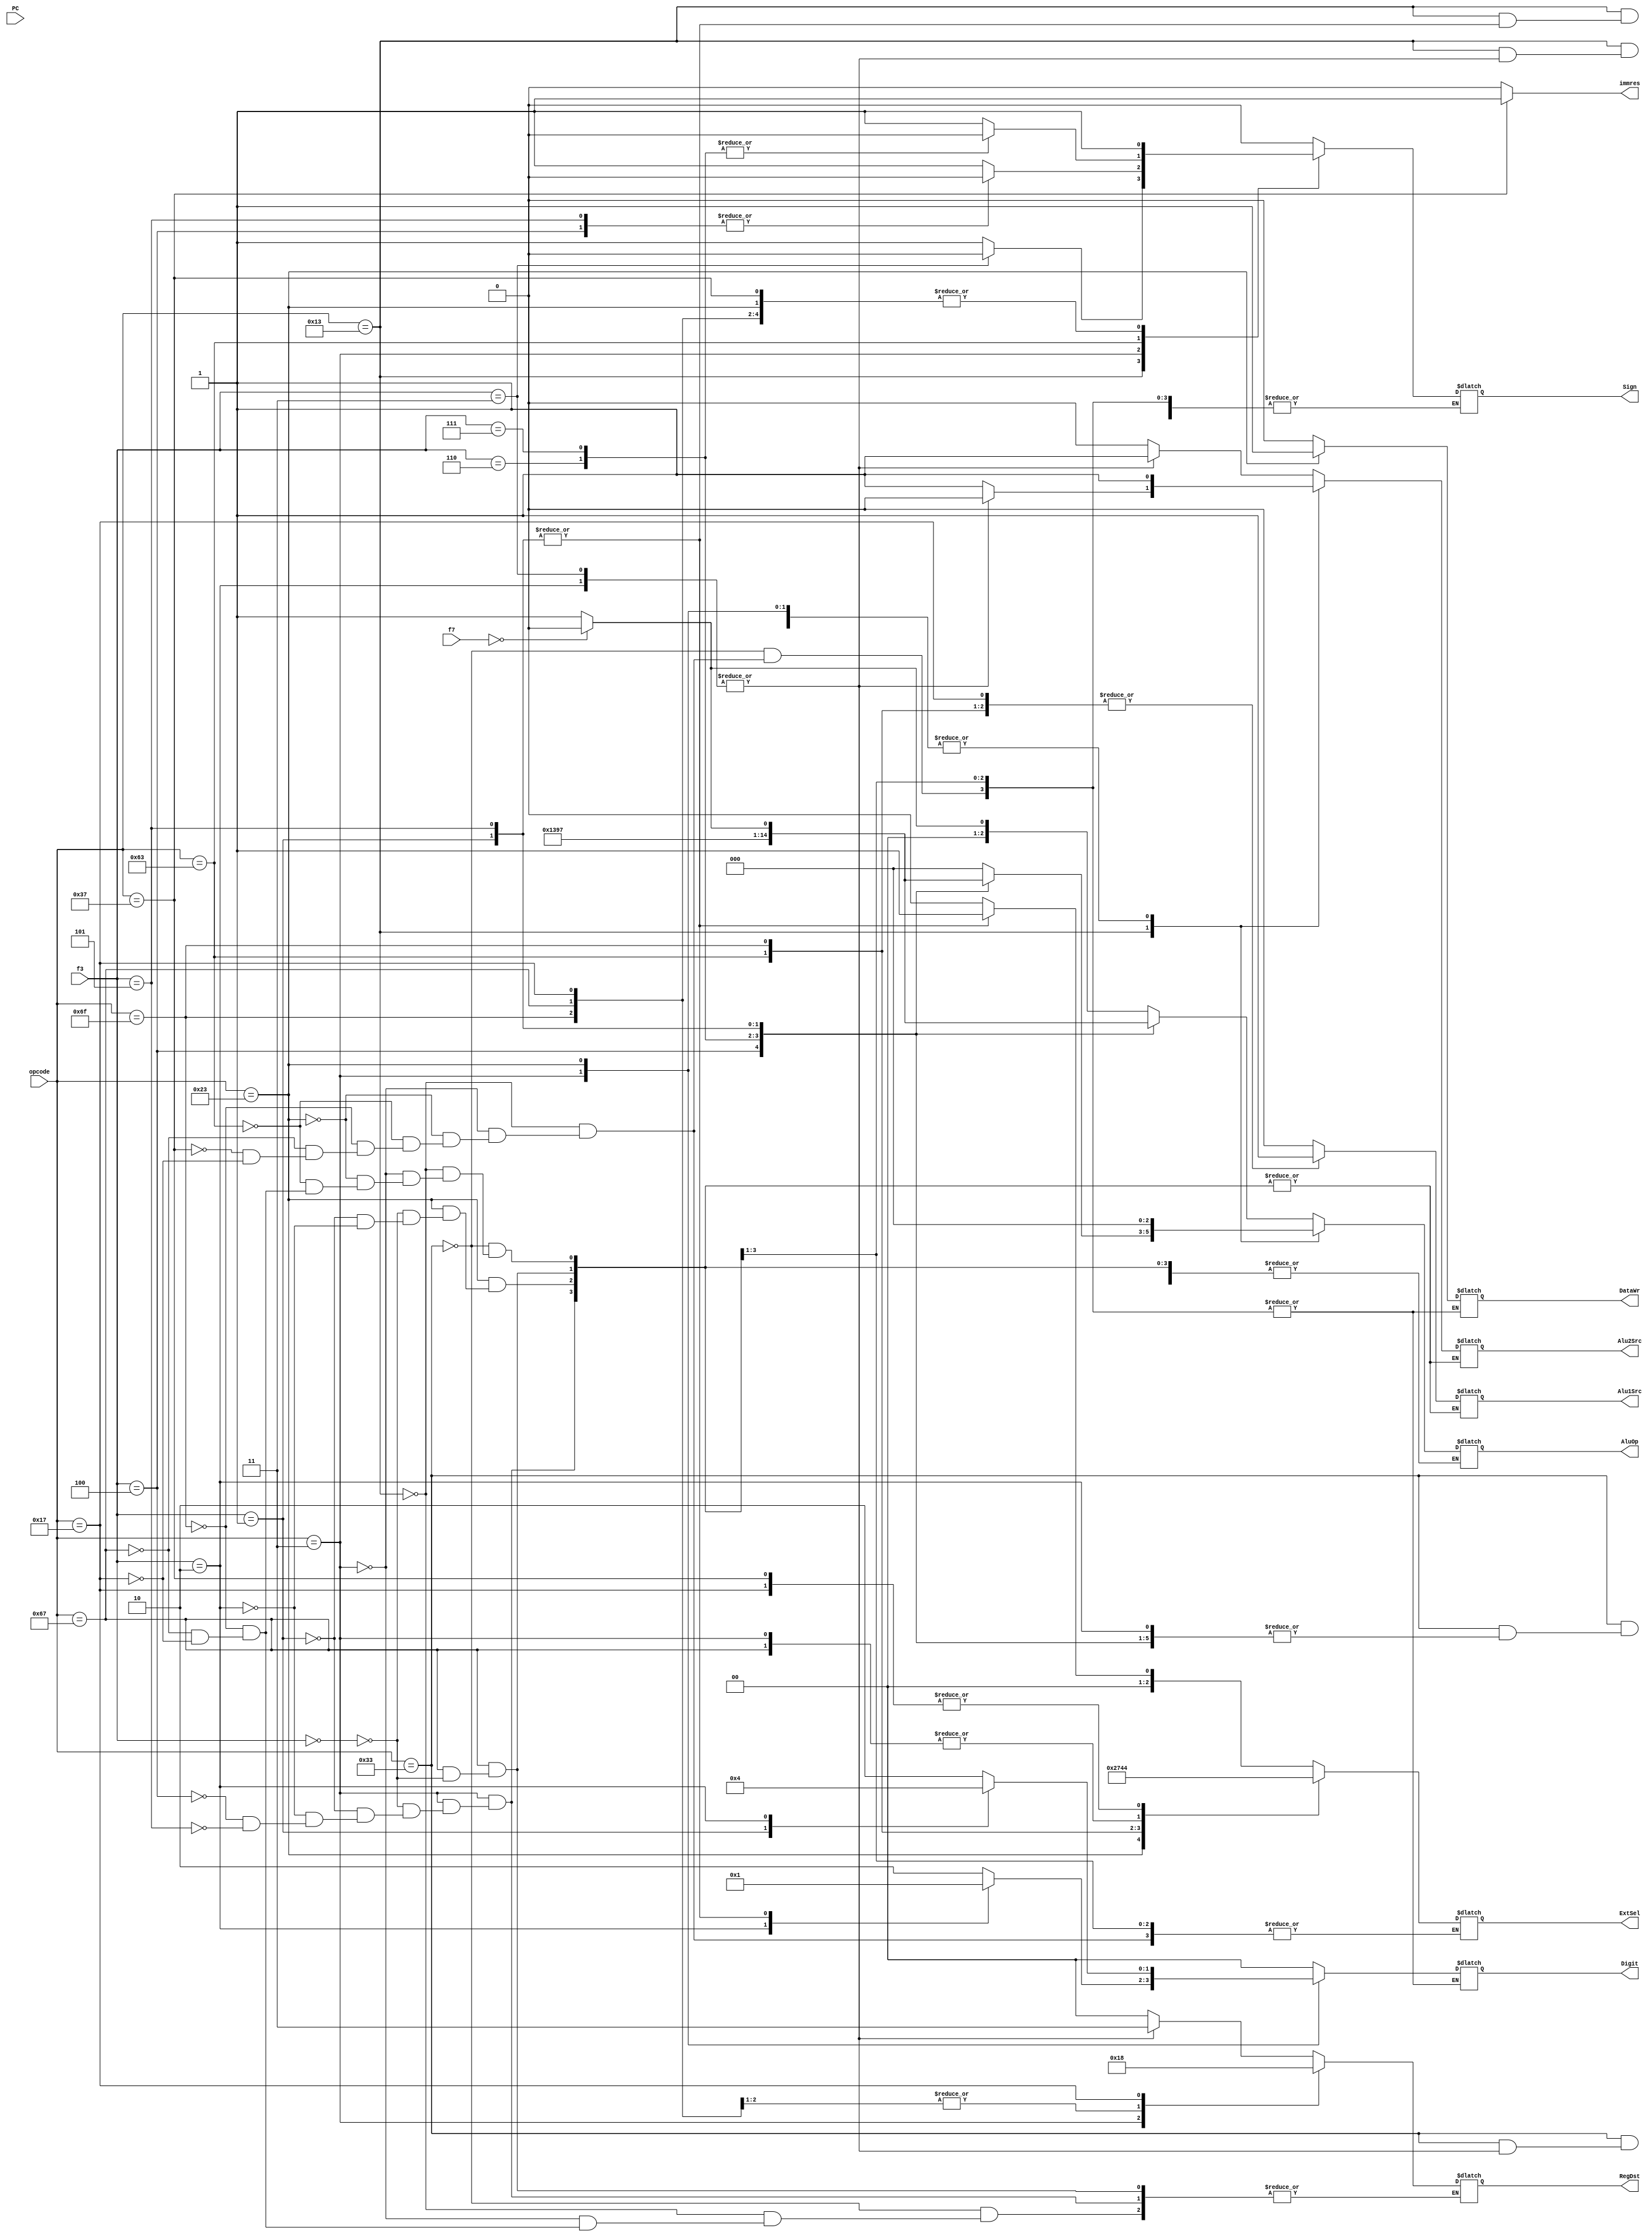
module ControlUnit(
        input [6:0] opcode,         //
        input [2:0] f3,     //3
        input [6:0] f7,     //7
        input [31:0] PC,
        output reg[2:0] AluOp,  //ALU
        output reg Alu1Src,     //ALU1
        output reg Alu2Src,     //ALU2
        output reg[1:0] RegDst, //Rd
        output reg[2:0] ExtSel, //
        output reg Sign,        //
        output reg[1:0] Digit,  //
        output reg DataWr,      //
        output reg immres       //rdimm
    );
    initial begin
        AluOp = 3'b000;  //ALU
        Alu1Src = 0;
        Alu2Src = 0;
        RegDst = 2'b00;  //ALURd
        ExtSel = 3'b000;
        Sign = 1;        //
        Digit = 2'b10;   //32
        DataWr = 0;      //
    end

    always@(opcode or f3 or f7) 
    begin
        immres = (opcode == 7'b0110111) ? 1 : 0;   //luird
        case(opcode)
            //R type
            7'b0110011:
            begin
              //  $display("R f3:%h",f3);
                case(f3)
                    //add&sub
                    3'b000:
                    begin
                        //add
                        if (f7 == 7'b0000000) begin
                            AluOp = 3'b000;
                            Alu1Src = 0;
                            Alu2Src = 0;
                            RegDst = 2'b00;
                            DataWr = 0;
                            Digit = 2'b00;   //32
                        end
                        //sub
                        else begin
                            AluOp = 3'b001;
                            Alu1Src = 0;
                            Alu2Src = 0;
                            RegDst = 2'b00;
                            DataWr = 0;
                            Digit = 2'b00;   //32
                        end
                    end
                    //xor
                    3'b100:
                    begin
                        AluOp = 3'b010;
                        Alu1Src = 0;
                        Alu2Src = 0;
                        RegDst = 2'b00;
                        DataWr = 0;
                        Digit = 2'b00;   //32
                    end
                    //or
                    3'b110:
                    begin
                        AluOp = 3'b011;
                        Alu1Src = 0;
                        Alu2Src = 0;
                        RegDst = 2'b00;
                        DataWr = 0;
                        Digit = 2'b00;   //32
                    end
                    //and
                    3'b111:
                    begin
                        AluOp = 3'b100;
                        Alu1Src = 0;
                        Alu2Src = 0;
                        RegDst = 2'b00;
                        DataWr = 0;
                        Digit = 2'b00;   //32
                    end
                    //sll
                    3'b001:
                    begin
                        AluOp = 3'b101;
                        Alu1Src = 0;
                        Alu2Src = 0;
                        RegDst = 2'b00;
                        DataWr = 0;
                        Digit = 2'b00;   //32
                    end
                    //srl&sra
                    3'b101:
                    begin
                        //srl
                        if (f7 == 7'b0000000) begin
                            AluOp = 3'b110;
                            Alu1Src = 0;
                            Alu2Src = 0;
                            RegDst = 2'b00;
                            DataWr = 0;
                            Digit = 2'b00;   //32
                        end
                        //sra
                        else begin
                            AluOp = 3'b111;
                            Alu1Src = 0;
                            Alu2Src = 0;
                            RegDst = 2'b00;
                            DataWr = 0;
                            Digit = 2'b00;   //32
                        end
                    end
                    //slt
                    3'b010:
                    begin
                        Alu1Src = 0;
                        Alu2Src = 1;
                        RegDst = 2'b11;
                        DataWr = 0;
                        Digit = 2'b00;   //32
                    end
                    //sltu
                    3'b011:
                    begin

                        Alu1Src = 0;
                        Alu2Src = 1;
                        RegDst = 2'b11;
                        Sign = 0;
                        DataWr = 0;
                        Digit = 2'b00;   //32
                    end
                endcase
            end
            //I type1
            7'b0010011:
            begin
                case(f3)
                    //addi
                    3'b000:
                    begin
                        AluOp = 3'b000;
                        Alu1Src = 0;
                        Alu2Src = 1;
                        RegDst = 2'b00;
                        ExtSel = 3'b000;
                        Sign = 1;
                        DataWr = 0;
                        Digit = 2'b00;   //32
                    end
                    //xori
                    3'b100:
                    begin
                        AluOp = 3'b010;
                        Alu1Src = 0;
                        Alu2Src = 1;
                        RegDst = 2'b00;
                        ExtSel = 3'b000;
                        Sign = 1;
                        DataWr = 0;
                        Digit = 2'b00;   //32
                    end
                    //ori
                    3'b110:
                    begin
                        AluOp = 3'b011;
                        Alu1Src = 0;
                        Alu2Src = 1;
                        RegDst = 2'b00;
                        ExtSel = 3'b000;
                        Sign = 1;
                        DataWr = 0;
                        Digit = 2'b00;   //32
                    end
                    //andi
                    3'b111:
                    begin
                        AluOp = 3'b100;
                        Alu1Src = 0;
                        Alu2Src = 1;
                        RegDst = 2'b00;
                        ExtSel = 3'b000;
                        Sign = 1;
                        DataWr = 0;
                        Digit = 2'b00;   //32
                    end
                    //slli
                    3'b001:
                    begin
                        AluOp = 3'b101;
                        Alu1Src = 0;
                        Alu2Src = 1;
                        RegDst = 2'b00;
                        ExtSel = 3'b001;
                        DataWr = 0;
                        Digit = 2'b00;   //32
                    end
                    //srli&srai
                    3'b101:
                    begin
                        //srli
                        if (f7 == 7'b0000000) begin
                            AluOp = 3'b110;
                            Alu1Src = 0;
                            Alu2Src = 1;
                            RegDst = 2'b00;
                            ExtSel = 3'b001;
                            DataWr = 0;
                            Digit = 2'b00;   //32
                        end
                        //srai
                        else begin
                            AluOp = 3'b111;
                            Alu1Src = 0;
                            Alu2Src = 1;
                            RegDst = 2'b00;
                            ExtSel = 3'b001;
                            DataWr = 0;
                            Digit = 2'b00;   //32
                        end
                    end
                    //slti
                    3'b010:
                    begin
                        Alu1Src = 0;
                        Alu2Src = 0;
                        RegDst = 2'b11;
                        ExtSel = 3'b000;
                        Sign = 1;
                        DataWr = 0;
                        Digit = 2'b00;   //32
                    end
                    //sltiu
                    3'b011:
                    begin
                        Alu1Src = 0;
                        Alu2Src = 0;
                        RegDst = 2'b11;
                        ExtSel = 3'b000;
                        Sign = 0; //
                        DataWr = 0;
                        Digit = 2'b00;   //32
                    end
                endcase
            end
            //I type2
            7'b0000011:
            begin
                case(f3)
                    //lb
                    3'b000:
                    begin
                        AluOp = 3'b000;
                        Alu1Src = 0;
                        Alu2Src = 1;
                        RegDst = 2'b01;
                        ExtSel = 3'b000;
                        Sign = 1;
                        Digit = 2'b10;
                        DataWr = 0;
                    end
                    //lh
                    3'b001:
                    begin
                        AluOp = 3'b000;
                        Alu1Src = 0;
                        Alu2Src = 1;
                        RegDst = 2'b01;
                        ExtSel = 3'b000;
                        Sign = 1;
                        Digit = 2'b01;
                        DataWr = 0;
                    end
                    //lw
                    3'b010:
                    begin
                        AluOp = 3'b000;
                        Alu1Src = 0;
                        Alu2Src = 1;
                        RegDst = 2'b01;
                        ExtSel = 3'b000;
                        Sign = 1;
                        Digit = 2'b00;
                        DataWr = 0;
                    end
                    //lbu
                    3'b100:
                    begin
                        AluOp = 3'b000;
                        Alu1Src = 0;
                        Alu2Src = 1;
                        RegDst = 2'b01;
                        ExtSel = 3'b000;
                        Sign = 0;
                        Digit = 2'b10;
                        DataWr = 0;
                    end
                    //lhu
                    3'b101:
                    begin
                        AluOp = 3'b000;
                        Alu1Src = 0;
                        Alu2Src = 1;
                        RegDst = 2'b01;
                        ExtSel = 3'b000;
                        Sign = 0;
                        Digit = 2'b01;
                        DataWr = 0;
                    end
                endcase
            end
            //S type
            7'b0100011:
            begin
                case(f3)
                    //sb
                    3'b000:
                    begin
                        AluOp = 3'b000;
                        Alu1Src = 0;
                        Alu2Src = 1;
                        ExtSel = 3'b010;
                        Sign = 1;
                        Digit = 2'b10;
                        DataWr = 1;
                    end
                    //sh
                    3'b001:
                    begin
                        AluOp = 3'b000;
                        Alu1Src = 0;
                        Alu2Src = 1;
                        ExtSel = 3'b010;
                        Sign = 1;
                        Digit = 2'b01;
                        DataWr = 1;
                    end
                    //sw
                    3'b010:
                    begin
                        AluOp = 3'b000;
                        Alu1Src = 0;
                        Alu2Src = 1;
                        ExtSel = 3'b010;
                        Sign = 1;
                        Digit = 2'b00;
                        DataWr = 1;
                    end
                endcase
            end
            //B type
            7'b1100011:
            begin
                AluOp = 3'b000;
                Digit = 2'b00;   //32
                ExtSel = 3'b011;
                DataWr = 0;
                Alu1Src = 1;
                Alu2Src = 1;
                case(f3)
                    3'b110:Sign=0;
                    3'b111:Sign=0;
                    default:Sign=1;
                endcase
            end
            //J type
            7'b1101111:
            begin
                        AluOp = 3'b000;
                        Alu1Src = 1;
                        Alu2Src = 1;
                        RegDst = 2'b10;
                        ExtSel = 3'b101;
                        Sign = 1;
                        Digit = 2'b00;
                        DataWr = 0;
            end
            //I type3
            7'b1100111:
            begin
                case(f3)
                    //jalr
                    3'b000:
                    begin
                        AluOp = 3'b000;
                        Alu1Src = 0;
                        Alu2Src = 1;
                        RegDst = 2'b10;
                        ExtSel = 3'b000;
                        Sign = 1;
                        Digit = 2'b00;
                        DataWr = 0;
                    end
                endcase
            end
            //U type1
            7'b0110111:
            //lui
            begin
                ExtSel = 3'b100;
                Sign = 1;
                Digit = 2'b00;
                DataWr = 0;
            end
            //U type2
            7'b0010111:
            //auipc
            begin
                AluOp = 3'b000;
                Alu1Src = 1;
                Alu2Src = 1;
                RegDst = 2'b00;
                ExtSel = 3'b100;
                Sign = 1;
                Digit = 2'b00;
                DataWr = 0;
            end
        endcase
   //     $display(" PC:%h alusrc1:%h alusrc2:%h",PC,Alu1Src,Alu2Src);
    end
endmodule